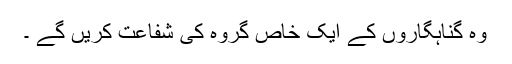
وہ گناہگاروں کے ایک خاص گروہ کی شفاعت کریں گے ۔